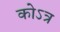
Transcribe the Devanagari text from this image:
कोऽत्र